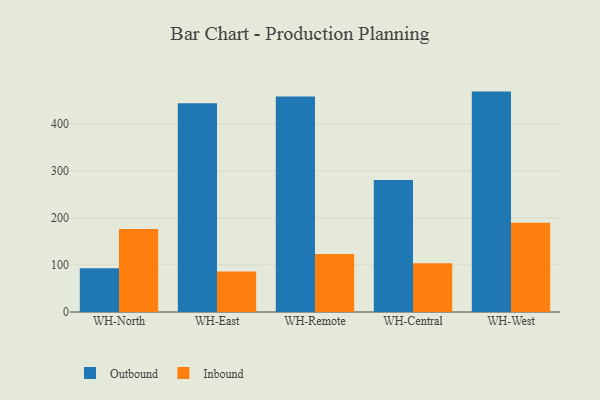
{"axis": {"x": "Warehouse", "y": "Active Users"}, "legend": ["Inbound", "Outbound"], "data": [{"x": "WH-North", "y": 93.1, "type": "Outbound"}, {"x": "WH-North", "y": 176.2, "type": "Inbound"}, {"x": "WH-East", "y": 443.6, "type": "Outbound"}, {"x": "WH-East", "y": 86.0, "type": "Inbound"}, {"x": "WH-Remote", "y": 457.7, "type": "Outbound"}, {"x": "WH-Remote", "y": 123.4, "type": "Inbound"}, {"x": "WH-Central", "y": 280.4, "type": "Outbound"}, {"x": "WH-Central", "y": 103.7, "type": "Inbound"}, {"x": "WH-West", "y": 468.2, "type": "Outbound"}, {"x": "WH-West", "y": 189.4, "type": "Inbound"}]}